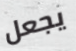
يجعل